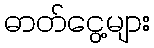
ဓာတ်ငွေ့များ